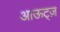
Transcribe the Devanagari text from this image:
आऊट्ज़